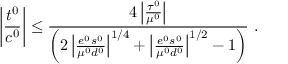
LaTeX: \left| { \frac { t ^ { 0 } } { c ^ { 0 } } } \right| \le { \frac { 4 \left| { \frac { \tau ^ { 0 } } { \mu ^ { 0 } } } \right| } { \left( 2 \left| { \frac { e ^ { 0 } s ^ { 0 } } { \mu ^ { 0 } d ^ { 0 } } } \right| ^ { 1 / 4 } + \left| { \frac { e ^ { 0 } s ^ { 0 } } { \mu ^ { 0 } d ^ { 0 } } } \right| ^ { 1 / 2 } - 1 \right) } } ~ .